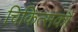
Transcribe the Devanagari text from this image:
चिकित्सकौं